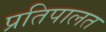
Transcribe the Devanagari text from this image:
प्रतिपालत